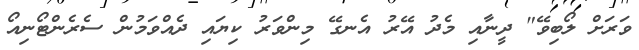
ވަރަށް ލޯބިވޭ" ދީނާއި މެދު އޭރު އެނގޭ މިންވަރު ކިޔައި ދެއްވަމުން ސެރެންޓޯނިއޯ